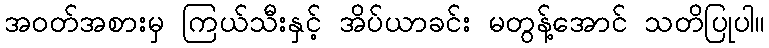
အဝတ်အစားမှ ကြယ်သီးနှင့် အိပ်ယာခင်း မတွန့်အောင် သတိပြုပါ။